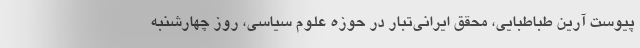
پیوست آرین طباطبایی، محقق ایرانی‌تبار در حوزه علوم سیاسی، روز چهارشنبه